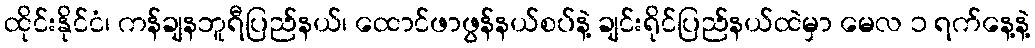
ထိုင်းနိုင်ငံ၊ ကန်ချနဘူရီပြည်နယ်၊ ထောင်ဖာဖွန်နယ်စပ်နဲ့ ချင်းရိုင်ပြည်နယ်ထဲမှာ မေလ ၁ ရက်နေ့နဲ့